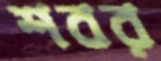
শবর